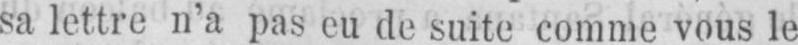
sa lettre n’a pas eu de suite comme vous le